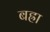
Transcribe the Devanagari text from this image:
बह्रा